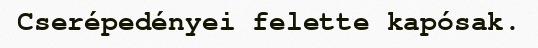
Cserépedényei felette kapósak.